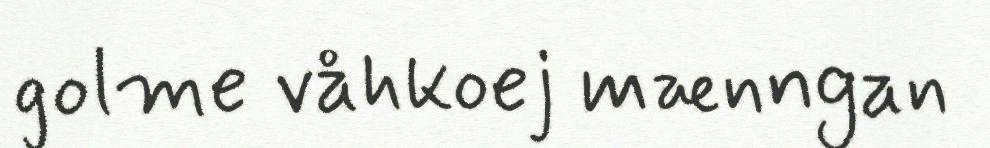
golme våhkoej mænngan